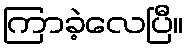
ကြာခဲ့လေပြီ။